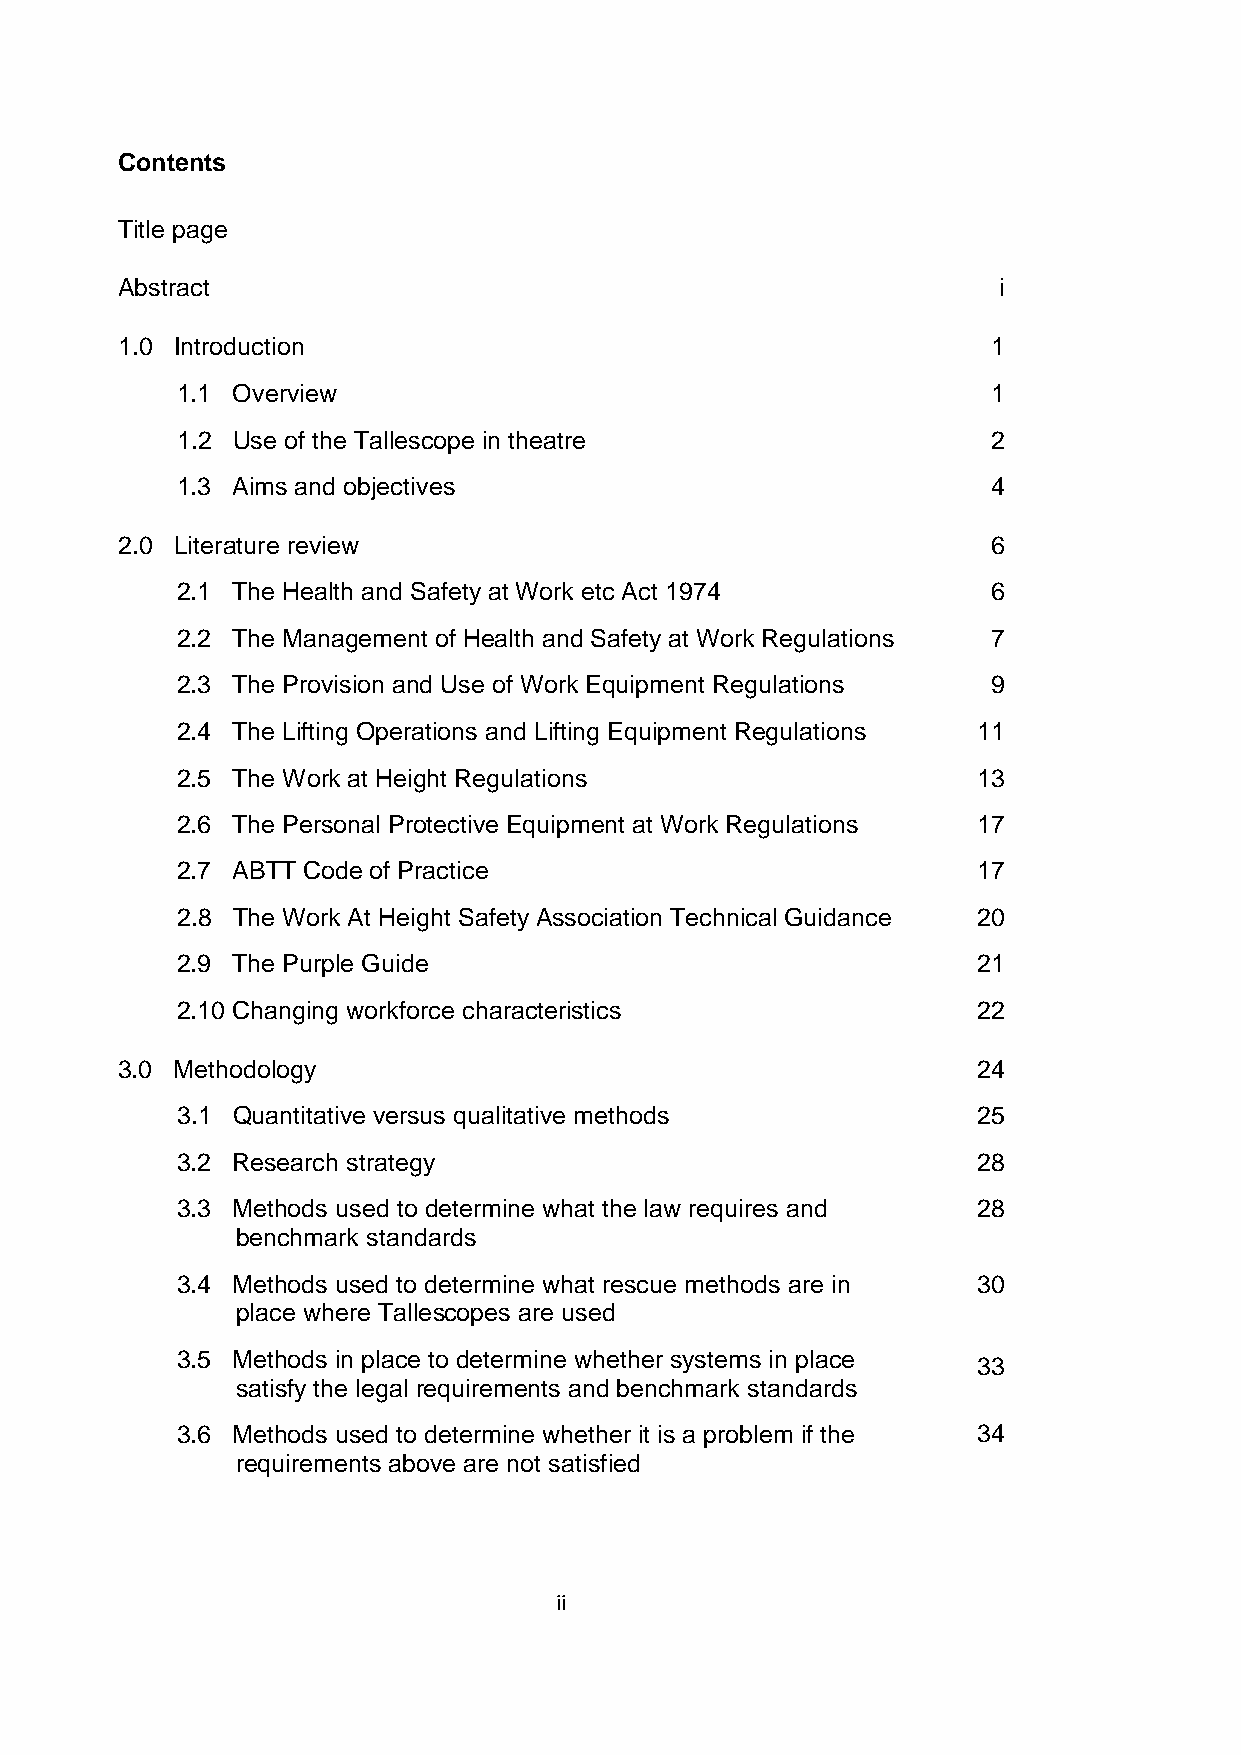
Contents
 Title page
 Abstract                                                  i
 1.0 Introduction                                          1
 1.1 Overview                                          1
 1.2 Use of the Tallescope in theatre                  2
 1.3 Aims and objectives                               4
 2.0 Literature review                                     6
 2.1 The Health and Safety at Work etc Act 1974        6
 2.2 The Management of Health and Safety at Work Regulations 7
 2.3 The Provision and Use of Work Equipment Regulations 9
 2.4 The Lifting Operations and Lifting Equipment Regulations 11
 2.5 The Work at Height Regulations                   13
 2.6 The Personal Protective Equipment at Work Regulations 17
 2.7 ABTT Code of Practice                            17
 2.8 The Work At Height Safety Association Technical Guidance 20
 2.9 The Purple Guide                                 21
 2.10 Changing workforce characteristics              22
 3.0 Methodology                                          24
 3.1 Quantitative versus qualitative methods          25
 3.2 Research strategy                                28
 3.3 Methods used to determine what the law requires and 28
 benchmark standards
 3.4 Methods used to determine what rescue methods are in 30
 place where Tallescopes are used
 3.5 Methods in place to determine whether systems in place
 33
 satisfy the legal requirements and benchmark standards
 3.6 Methods used to determine whether it is a problem if the 34
 requirements above are not satisfied
 ii